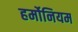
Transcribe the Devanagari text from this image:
हर्मोनियम